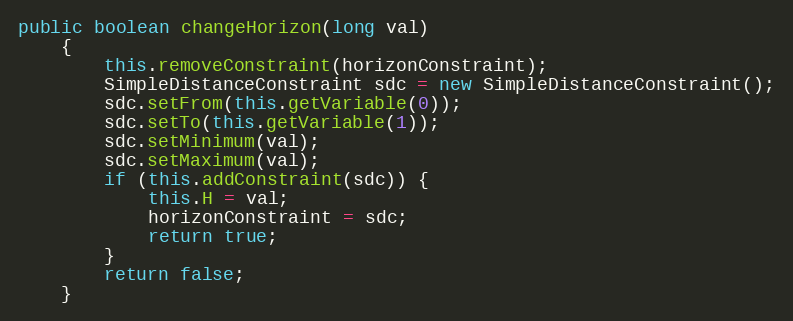
Language: Java
public boolean changeHorizon(long val)
	{
		this.removeConstraint(horizonConstraint);
		SimpleDistanceConstraint sdc = new SimpleDistanceConstraint();
		sdc.setFrom(this.getVariable(0));
		sdc.setTo(this.getVariable(1));
		sdc.setMinimum(val);
		sdc.setMaximum(val);
		if (this.addConstraint(sdc)) {
			this.H = val;
			horizonConstraint = sdc;
			return true;
		}
		return false;
	}